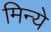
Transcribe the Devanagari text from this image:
मिन्ये